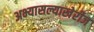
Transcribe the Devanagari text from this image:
अभ्यासल्याखेरीज